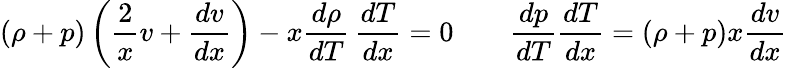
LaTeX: (\rho+p)\left(\frac{2}{x}v+\frac{dv}{dx}\right)-x\frac{d\rho}{dT}\, \frac{dT}{dx}=0\qquad\frac{dp}{dT}\frac{dT}{dx}=(\rho+p)x\frac{dv}{dx}